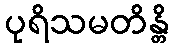
ပုရိသမတိန္တိ